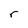
Character: r